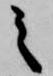
之